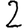
Digit: 2